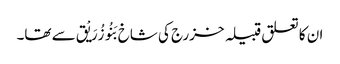
ان کا تعلق قبیلہ خزرج کی شاخ بَنُو زُرَیْق سے تھا۔